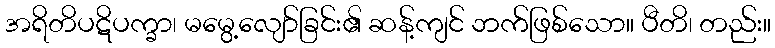
အရိတိပဋိပက္ခာ၊ မမွေ့လျော်ခြင်း၏ ဆန့်ကျင် ဘက်ဖြစ်သော။ ပီတိ၊ တည်း။